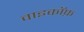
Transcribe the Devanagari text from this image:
वाइकॉफ़